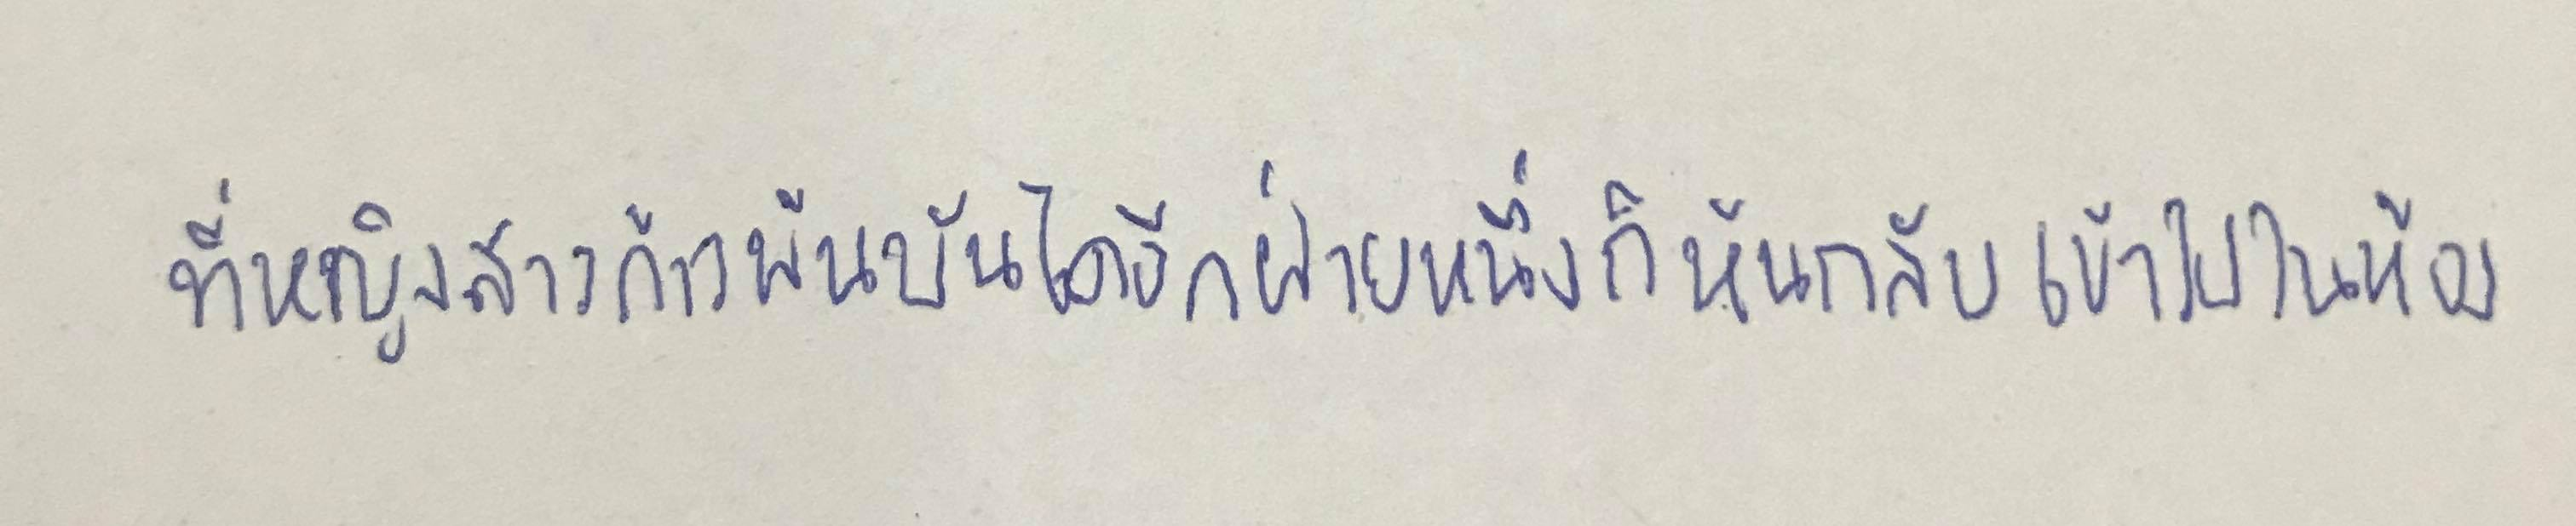
ที่หญิงสาวก้าวพ้นบันไดอีกฝ่ายหนึ่งก็หันกลับเข้าไปในห้อง